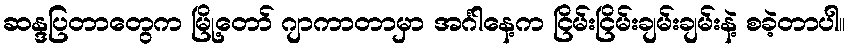
ဆန္ဒပြတာတွေက မြို့တော် ဂျာကာတာမှာ အင်္ဂါနေ့က ငြိမ်းငြိမ်းချမ်းချမ်းနဲ့ စခဲ့တာပါ။